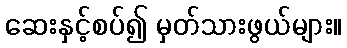
ဆေးနှင့်စပ်၍ မှတ်သားဖွယ်များ။